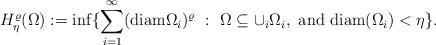
LaTeX: \begin{align*}H_\eta^\varrho(\Omega):=\inf\{\sum_{i=1}^\infty (\mathrm{diam} \Omega_i)^\varrho \ : \ \Omega\subseteq \cup_i \Omega_i,\ \mathrm{and}\ \mathrm{diam}(\Omega_i)<\eta\}.\end{align*}